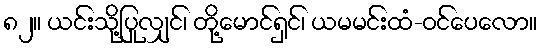
၈၂။ ယင်းသို့ပြုလျှင်၊ တို့မောင်ရှင်၊ ယမမင်းထံ-ဝင်ပေလော။